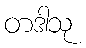
တဒါသု